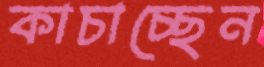
কাচাচ্ছেন